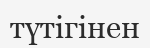
түтігінен